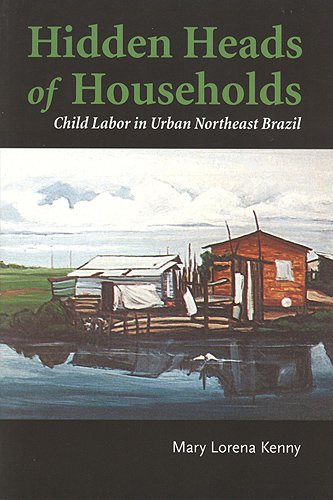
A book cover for Hidden Heads of Households: Child Labor in Urban Northeast Brazil (Teaching Culture: UTP Ethnographies for the Classroom); Mary Lorena Kenny; Law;